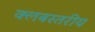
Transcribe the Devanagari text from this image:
क्लबस्तरीय